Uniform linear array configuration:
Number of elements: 16
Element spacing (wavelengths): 0.25
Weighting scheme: blackman
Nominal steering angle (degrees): -30
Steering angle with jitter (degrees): -29.262
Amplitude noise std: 0.05
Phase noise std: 0.05

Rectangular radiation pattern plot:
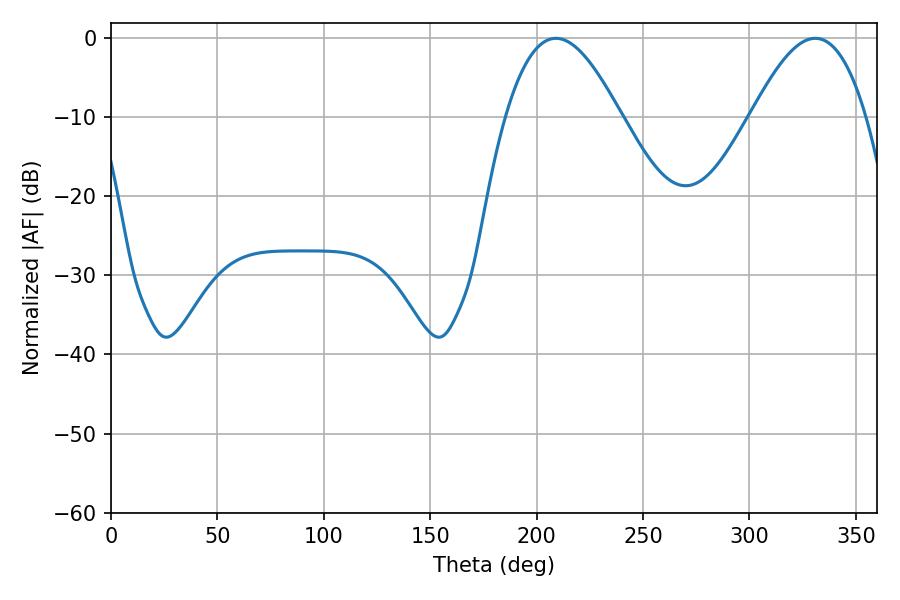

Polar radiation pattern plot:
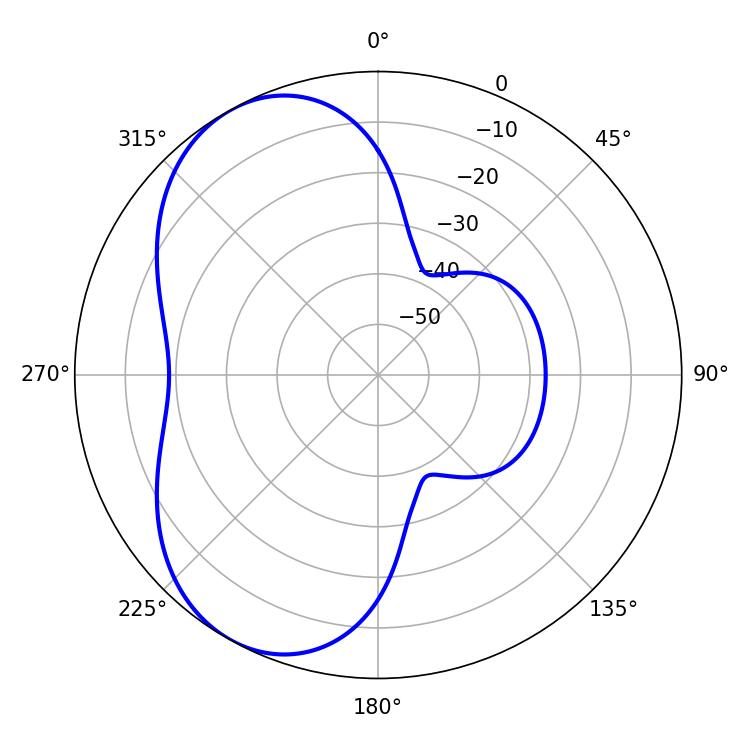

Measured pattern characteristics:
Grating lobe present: FALSE
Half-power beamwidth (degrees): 29.34
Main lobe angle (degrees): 208.98